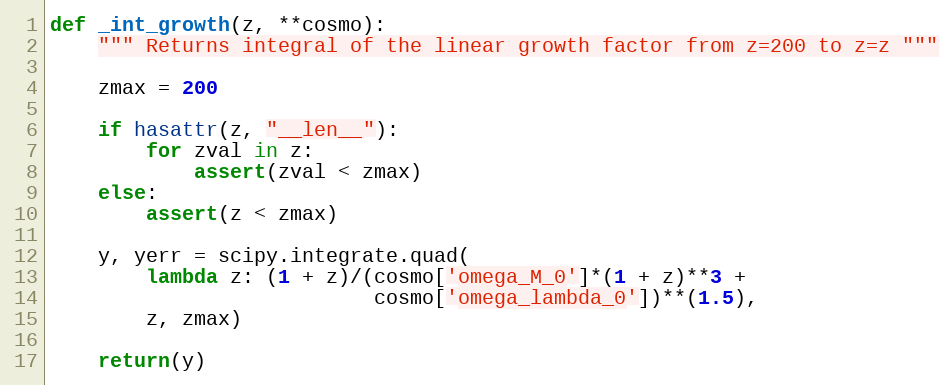
Language: Python
def _int_growth(z, **cosmo):
    """ Returns integral of the linear growth factor from z=200 to z=z """

    zmax = 200

    if hasattr(z, "__len__"):
        for zval in z:
            assert(zval < zmax)
    else:
        assert(z < zmax)

    y, yerr = scipy.integrate.quad(
        lambda z: (1 + z)/(cosmo['omega_M_0']*(1 + z)**3 +
                           cosmo['omega_lambda_0'])**(1.5),
        z, zmax)

    return(y)